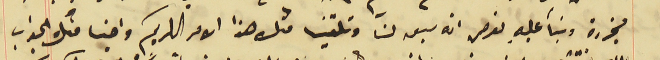
مجزرة وبنآ عليهِ نعرص انه سبق لنا وتلقينا مثل هذا الامر الكريم واجنا منك الجواب